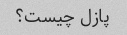
پازل چیست؟